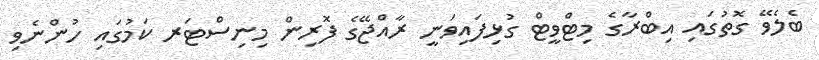
ބެލެވޭ ގޮތުގައި އިބްރާގެ މިޓްވީޓް ގުޅިފައިވަނީ ރާއްޖޭގެ ފޮރިން މިނިސްޓަރ ކަމުގައި ހުންނެވި